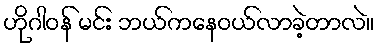
ဟိုဂါဝန် မင်း ဘယ်ကနေဝယ်လာခဲ့တာလဲ။